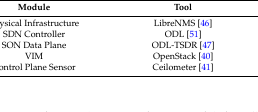
| Module | Tool |
 | --- | --- |
 | Physical Infrastructure | LibreNMS [46] |
 | SDN Controller | ODL [51] |
 | SON Data Plane | ODL-TSDR [47] |
 | VIM | OpenStack [40] |
 | Control Plane Sensor | Ceilometer [41] |